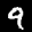
Label: 9